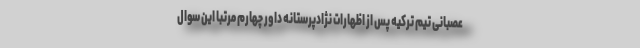
عصبانی تیم ترکیه پس از اظهارات نژادپرستانه داور چهارم مرتبا این سوال